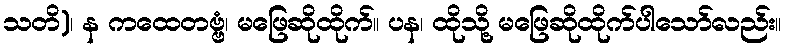
သတိ)၊ န ကထေတဗ္ဗံ၊ မဖြေဆိုထိုက်။ ပန၊ ထိုသို့ မဖြေဆိုထိုက်ပါသော်လည်း။